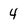
Character: 4